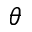
\theta